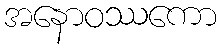
အနောဝဿကော